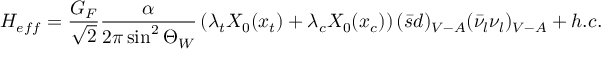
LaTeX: { \cal H } _ { e f f } = \frac { G _ { F } } { \sqrt { 2 } } \frac { \alpha } { 2 \pi \sin ^ { 2 } \Theta _ { W } } \left( \lambda _ { t } X _ { 0 } ( x _ { t } ) + \lambda _ { c } X _ { 0 } ( x _ { c } ) \right) ( \bar { s } d ) _ { V - A } ( \bar { \nu } _ { l } \nu _ { l } ) _ { V - A } + h . c .